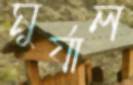
মুর্যাল